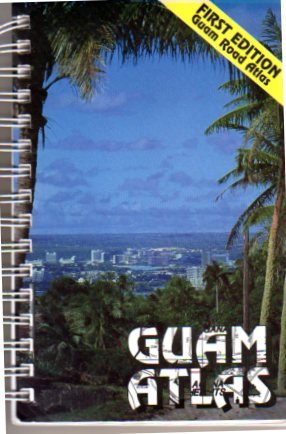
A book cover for Guam Atlas; Duenas and Assiciates; Travel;